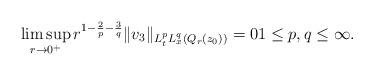
LaTeX: \begin{align*} \limsup_{r \to 0^+} r^{1-\frac{2}{p}-\frac{3}{q}} \|v_3\|_{L^p_tL^q_x(Q_r(z_0))} = 0 1 \leq p,q \leq \infty.\end{align*}